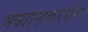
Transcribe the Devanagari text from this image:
मध्यान्हकालीन